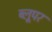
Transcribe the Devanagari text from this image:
ब्लूपर